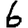
Digit: 6